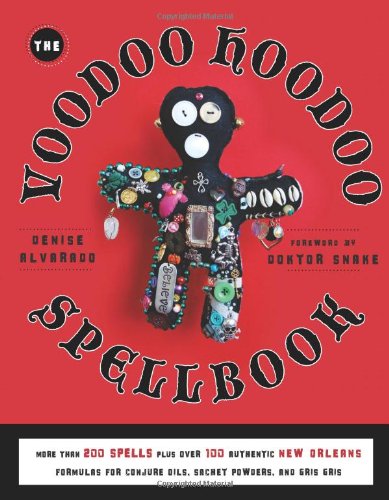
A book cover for The Voodoo Hoodoo Spellbook; Denise Alvarado; Politics & Social Sciences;